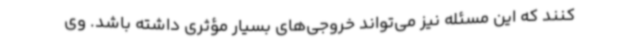
کنند که این مسئله نیز می‌تواند خروجی‌های بسیار مؤثری داشته باشد. وی